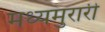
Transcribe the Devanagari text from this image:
मध्यमुरारी